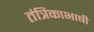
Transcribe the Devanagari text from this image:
तंत्रिकाभाषी